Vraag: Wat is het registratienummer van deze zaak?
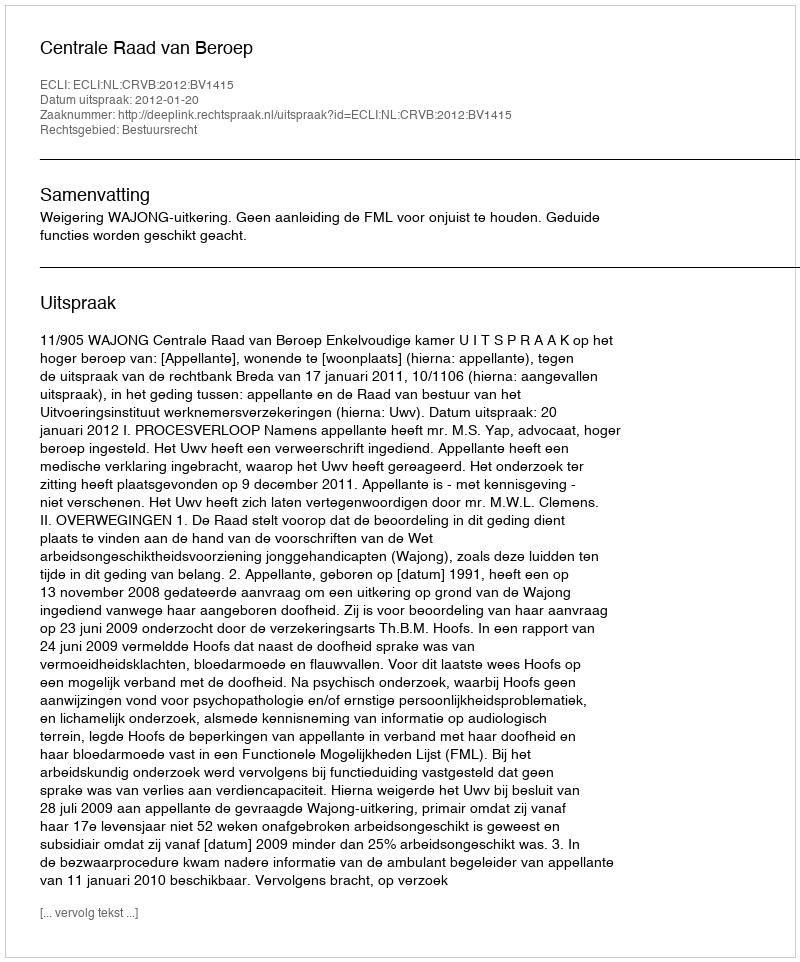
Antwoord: http://deeplink.rechtspraak.nl/uitspraak?id=ECLI:NL:CRVB:2012:BV1415